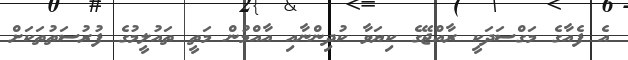
އެ ފެއާގެ މަގްސަދަކީ ރާއްޖޭގެ ކިޔަވާ ކުދިންނާއި އާއްމުން މަތީ ތައުލީމުގެ ފުރުސަތުތަކަށް